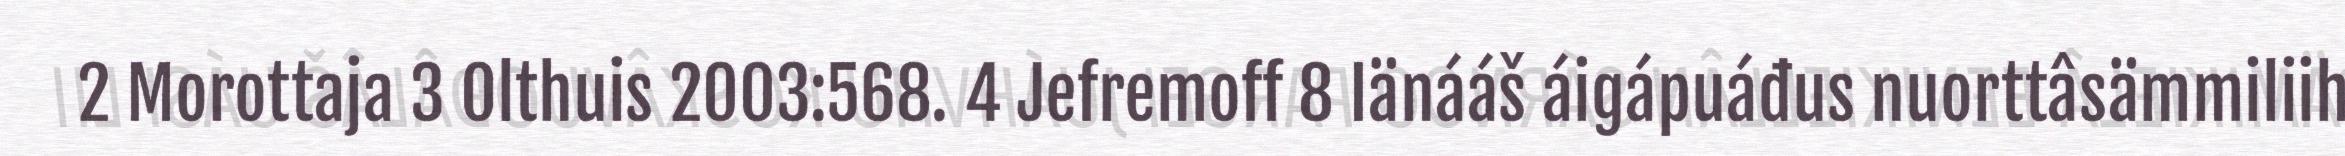
2 Morottaja 3 Olthuis 2003:568. 4 Jefremoff 8 Iänááš áigápuáđus nuorttâsämmiliih